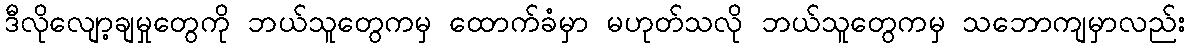
ဒီလိုလျော့ချမှုတွေကို ဘယ်သူတွေကမှ ထောက်ခံမှာ မဟုတ်သလို ဘယ်သူတွေကမှ သဘောကျမှာလည်း